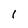
Character: 1